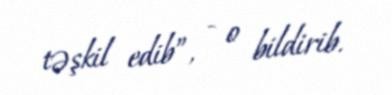
təşkil edib”, - o bildirib.